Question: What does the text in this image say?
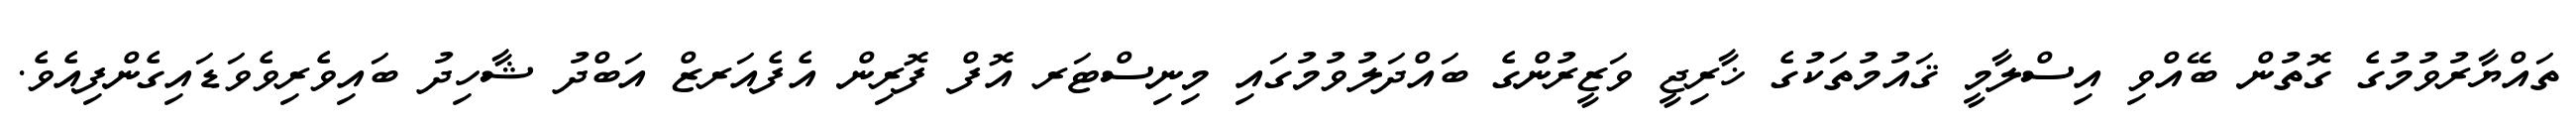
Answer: ތައްޔާރުވުމުގެ ގޮތުން ބޭއްވި އިސްލާމީ ޤައުމުތަކުގެ ޚާރިޖީ ވަޒީރުންގެ ބައްދަލުވުމުގައި މިނިސްޓަރ އޮފް ފޮރިން އެފެއަރޒް އަބްދު ޝާހިދު ބައިވެރިވެވަޑައިގެންފިއެވެ.